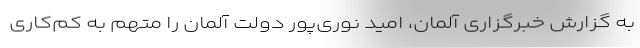
به گزارش خبرگزاری آلمان، امید نوری‌پور دولت آلمان را متهم به کم‌کاری